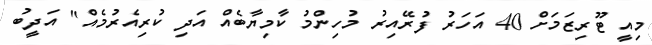
މިއީ ޓޫރިޒަމަށް 40 އަހަރު ފުރޭއިރު މުހިންމު ކާމިޔާބެއް އަދި ކުރިއެރުމެއް" އަދީބު